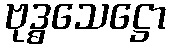
ဗုဒ္ဓသေဋ္ဌော